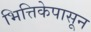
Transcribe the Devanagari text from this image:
भित्तिकेपासून